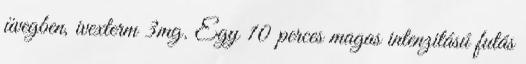
üvegben, ivexterm 3mg. Egy 10 perces magas intenzitású futás